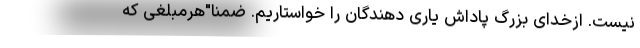
نیست. ازخدای بزرگ پاداش یاری دهندگان را خواستاریم. ضمنا"هرمبلغی که